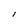
Character: I